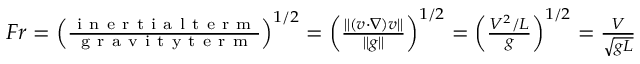
\begin{array} { r } { F r = \left( \frac { \mathrm { ~ i ~ n ~ e ~ r ~ t ~ i ~ a ~ l ~ t ~ e ~ r ~ m ~ } } { \mathrm { ~ g ~ r ~ a ~ v ~ i ~ t ~ y ~ t ~ e ~ r ~ m ~ } } \right) ^ { 1 / 2 } = \left( \frac { \| ( v \cdot \nabla ) v \| } { \| g \| } \right) ^ { 1 / 2 } = \left( \frac { V ^ { 2 } / L } { g } \right) ^ { 1 / 2 } = \frac { V } { \sqrt { g L } } } \end{array}